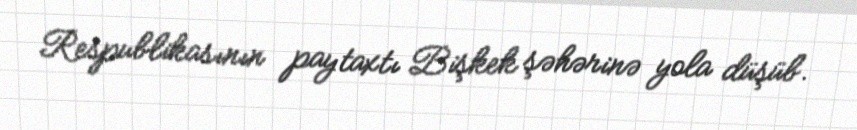
Respublikasının paytaxtı Bişkek şəhərinə yola düşüb.